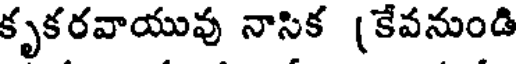
కృకరవాయువు నాసిక (కేవనుండి